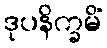
ဒုပနိက္ခမိံ